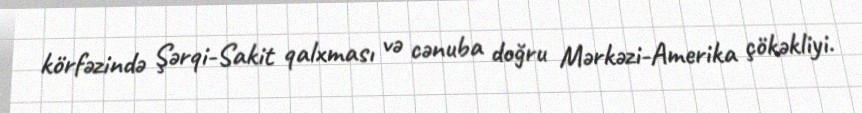
körfəzində Şərqi-Sakit qalxması və cənuba doğru Mərkəzi-Amerika çökəkliyi.